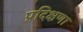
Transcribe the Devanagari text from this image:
प्रदिक्षणा